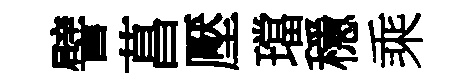
譬菖壓璫穩乘